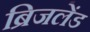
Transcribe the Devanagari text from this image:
ब्रिजलेंड